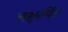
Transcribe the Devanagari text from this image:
लक्ष्यपिंड